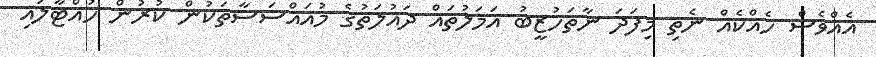
އެއްވެސް ހެއްކެއް ނެތި މިފަދަ ނާތަހުޒީބު އަމަލުތައް ދައުލަތުގެ މުއައްސަސާތަކުން ކުރުން ހުއްޓާލައި